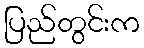
ပြည်တွင်းက